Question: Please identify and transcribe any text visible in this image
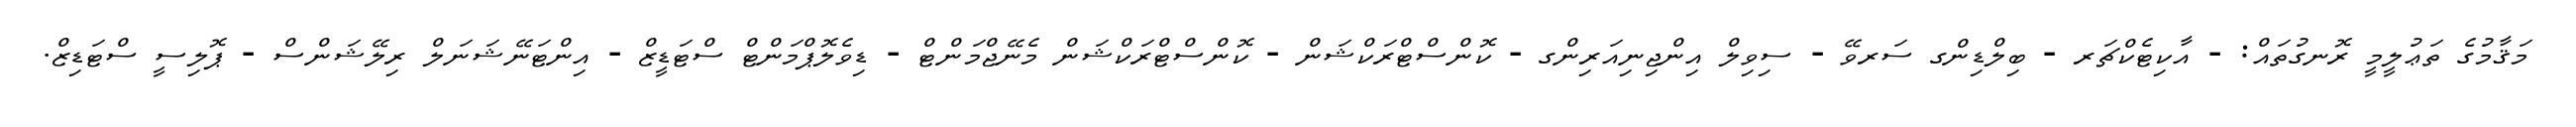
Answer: މަޤާމުގެ ތަޢުލީމީ ރޮނގުތައް: - އާކިޓެކްޗަރ - ބިލްޑިންގ ސަރވޭ - ސިވިލް އިންޖިނިއަރިންގ - ކޮންސްޓްރަކްޝަން - ކޮންސްޓްރަކްޝަން މެނޭޖްމަންޓް - ޑިވެލޮޕްމަންޓް ސްޓަޑީޒް - އިންޓަނޭޝަނަލް ރިލޭޝަންސް - ޕޮލިސީ ސްޓަޑިޒް.